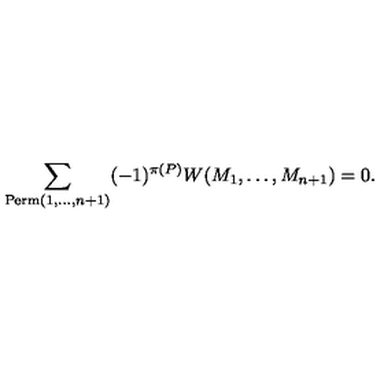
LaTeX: \sum _ { \mathrm { P e r m } ( 1 , \dots , n + 1 ) } ( - 1 ) ^ { \pi ( P ) } W ( M _ { 1 } , \dots , M _ { n + 1 } ) = 0 .